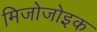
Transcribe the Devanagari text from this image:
मिजोजोइक